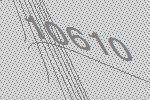
10610